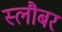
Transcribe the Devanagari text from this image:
स्लौबर